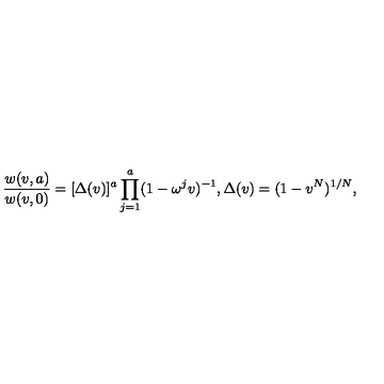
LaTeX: { \frac { w ( v , a ) } { w ( v , 0 ) } } = [ \Delta ( v ) ] ^ { a } \prod _ { j = 1 } ^ { a } ( 1 - \omega ^ { j } v ) ^ { - 1 } , { } \Delta ( v ) = ( 1 - v ^ { N } ) ^ { 1 / N } ,